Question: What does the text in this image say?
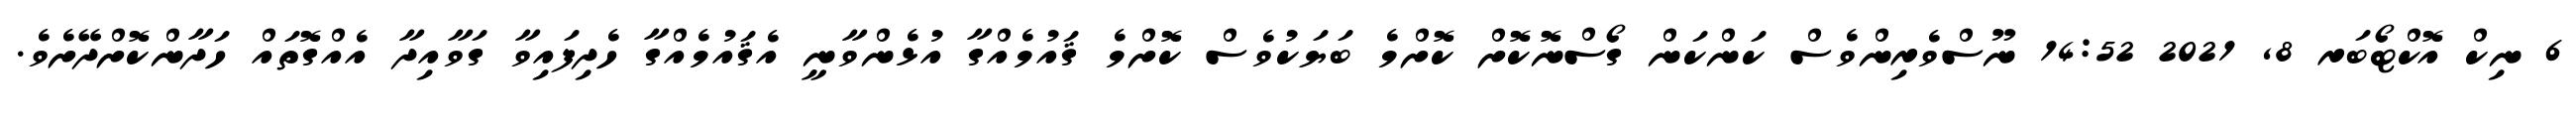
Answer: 6 ނިކް އޮކްޓޯބަރ 8, 2021 14:52 ނޫސްވެރިންވެސް ކަންކަން ގޯސްނޮކޮށް ކޮށްމެ ބަޔަކުވެސް ކޮށްމެ ޤައުމެއްގާ އުޅެންވާނީ އެޤައުމެއްގާ ހެދިފައިވާ ގަވާއިދާ އެއްގޮތައް ހަދާންކޮށްދޭށެވެ.